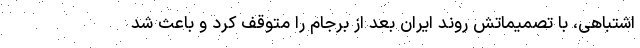
اشتباهی، با تصمیماتش روند ایران بعد از برجام را متوقف کرد و باعث شد